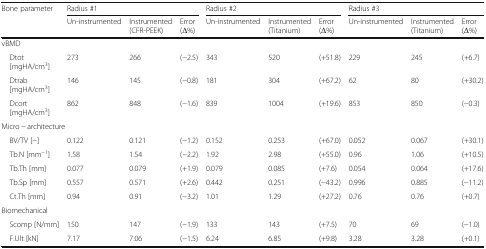
<table><thead><tr><td rowspan="2"><b>Bone parameter</b></td><td colspan="3"><b>Radius #1</b></td><td colspan="3"><b>Radius #2</b></td><td colspan="3"><b>Radius #3</b></td></tr><tr><td><b>Un-instrumented</b></td><td><b>Instrumented (CFR-PEEK)</b></td><td><b>Error (Δ%)</b></td><td><b>Un-instrumented</b></td><td><b>Instrumented (Titanium)</b></td><td><b>Error (Δ%)</b></td><td><b>Un-instrumented</b></td><td><b>Instrumented (Titanium)</b></td><td><b>Error (Δ%)</b></td></tr></thead><tbody><tr><td colspan="10">vBMD</td></tr><tr><td> Dtot [mgHA/cm<sup>3</sup>]</td><td>273</td><td>266</td><td>(−2.5)</td><td>343</td><td>520</td><td>(+51.8)</td><td>229</td><td>245</td><td>(+6.7)</td></tr><tr><td> Dtrab [mgHA/cm<sup>3</sup>]</td><td>146</td><td>145</td><td>(−0.8)</td><td>181</td><td>304</td><td>(+67.2)</td><td>62</td><td>80</td><td>(+30.2)</td></tr><tr><td> Dcort [mgHA/cm<sup>3</sup>]</td><td>862</td><td>848</td><td>(−1.6)</td><td>839</td><td>1004</td><td>(+19.6)</td><td>853</td><td>850</td><td>(−0.3)</td></tr><tr><td colspan="10">Micro − architecture</td></tr><tr><td> BV/TV [−]</td><td>0.122</td><td>0.121</td><td>(−1.2)</td><td>0.152</td><td>0.253</td><td>(+67.0)</td><td>0.052</td><td>0.067</td><td>(+30.1)</td></tr><tr><td> Tb.N [mm<sup>−1</sup>]</td><td>1.58</td><td>1.54</td><td>(−2.2)</td><td>1.92</td><td>2.98</td><td>(+55.0)</td><td>0.96</td><td>1.06</td><td>(+10.5)</td></tr><tr><td> Tb.Th [mm]</td><td>0.077</td><td>0.079</td><td>(+1.9)</td><td>0.079</td><td>0.085</td><td>(+7.6)</td><td>0.054</td><td>0.064</td><td>(+17.6)</td></tr><tr><td> Tb.Sp [mm]</td><td>0.557</td><td>0.571</td><td>(+2.6)</td><td>0.442</td><td>0.251</td><td>(−43.2)</td><td>0.996</td><td>0.885</td><td>(−11.2)</td></tr><tr><td> Ct.Th [mm]</td><td>0.94</td><td>0.91</td><td>(−3.2)</td><td>1.01</td><td>1.29</td><td>(+27.2)</td><td>0.76</td><td>0.76</td><td>(+0.7)</td></tr><tr><td colspan="10">Biomechanical</td></tr><tr><td> Scomp [N/mm]</td><td>150</td><td>147</td><td>(−1.9)</td><td>133</td><td>143</td><td>(+7.5)</td><td>70</td><td>69</td><td>(−1.0)</td></tr><tr><td> F.Ult [kN]</td><td>7.17</td><td>7.06</td><td>(−1.5)</td><td>6.24</td><td>6.85</td><td>(+9.8)</td><td>3.28</td><td>3.28</td><td>(+0.1)</td></tr></tbody></table>